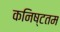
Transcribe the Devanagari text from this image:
कनिष्टतम